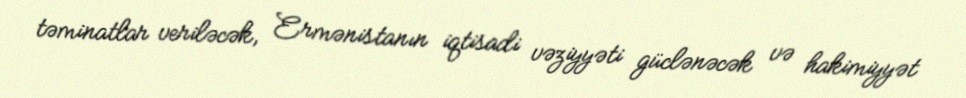
təminatlar veriləcək, Ermənistanın iqtisadi vəziyyəti güclənəcək və hakimiyyət